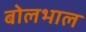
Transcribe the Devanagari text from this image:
बोलभाल